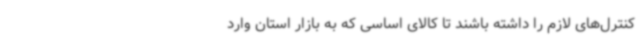
کنترل‌های لازم را داشته باشند تا کالای اساسی که به بازار استان وارد